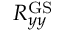
R _ { y y } ^ { \mathrm { G S } }